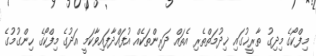
މިފްކޯގެ މިދިގު ތާރީޚުގައި ޚިދުމަތްތެރި އެތައް ދަރިންތަކެއް އުފައްދާފައިވާކަމީ އަދުގެ މިފްކޯގެ ހިންގުމުގެ